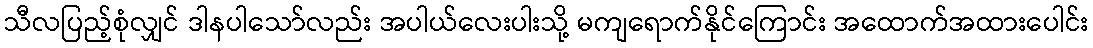
သီလပြည့်စုံလျှင် ဒါနပါသော်လည်း အပါယ်လေးပါးသို့ မကျရောက်နိုင်ကြောင်း အထောက်အထားပေါင်း